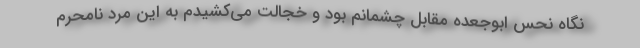
نگاه نحس ابوجعده مقابل چشمانم بود و خجالت می‌کشیدم به این مرد نامحرم